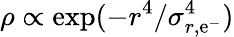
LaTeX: \rho\propto\exp(-r^{4}/\sigma_{r,\mathrm{e}^{-}}^{4})